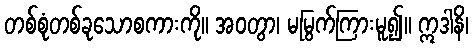
တစ်စုံတစ်ခုသောစကားကို။ အဝတွာ၊ မမြွက်ကြားမူ၍။ ဣဒါနိ၊